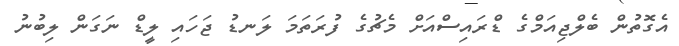
އެގޮތުން ބެލްޖިއަމްގެ ޑްރައިސްއަށް މެޗުގެ ފުރަތަމަ ލަނޑު ޖަހައި ލީޑް ނަގަން ލިބުނުު